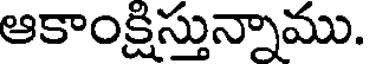
ఆకాంక్షిస్తున్నాము.